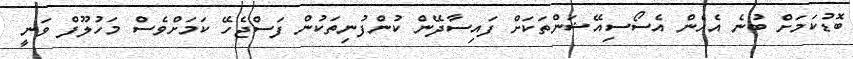
ބޮޑުކަމަށް ބުނެ އެހެން އެސޯސިއޭޝަންތަކަށް ފައިސާދޭން ކުންފުނިތަކުން ފަސްޖެހޭ ކަމަށްވެސް މަހުލޫފް ވަނީ